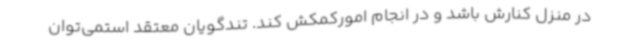
در منزل کنارش باشد و در انجام امورکمکش کند. تندگویان معتقد استمی‌توان